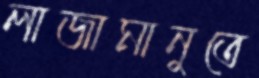
লাজামানুতে